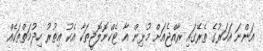
އަންނަ އަހަރުގެ ތެރޭގައި ރާއްޖެއަށް މުޅިން އާ ޓެކްނޮލޮޖީތަކާ އެކު އިތުރު ހިދުމަތްތަކެއް